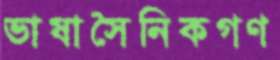
ভাষাসৈনিকগণ